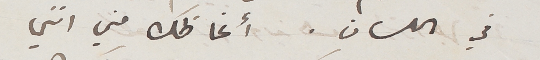
في اللسان. أغاظك مني انني